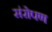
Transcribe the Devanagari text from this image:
संरोपण